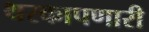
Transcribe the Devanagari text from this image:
थरकापणारी